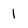
Character: 1